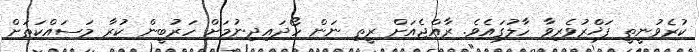
ކުރެވުނީތީ ފަޚްރުވެރިވާ ހާލުގައެވެ. ރާއްޖެއަށް ރީތި ނަން ހޯދައިދިނުމަށް ހަރުބީން ކުރާ މަސައްކަތަށް